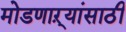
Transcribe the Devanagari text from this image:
मोडणाऱ्यांसाठी